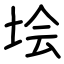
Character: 𡋗